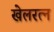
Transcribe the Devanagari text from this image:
खेलरत्‍न